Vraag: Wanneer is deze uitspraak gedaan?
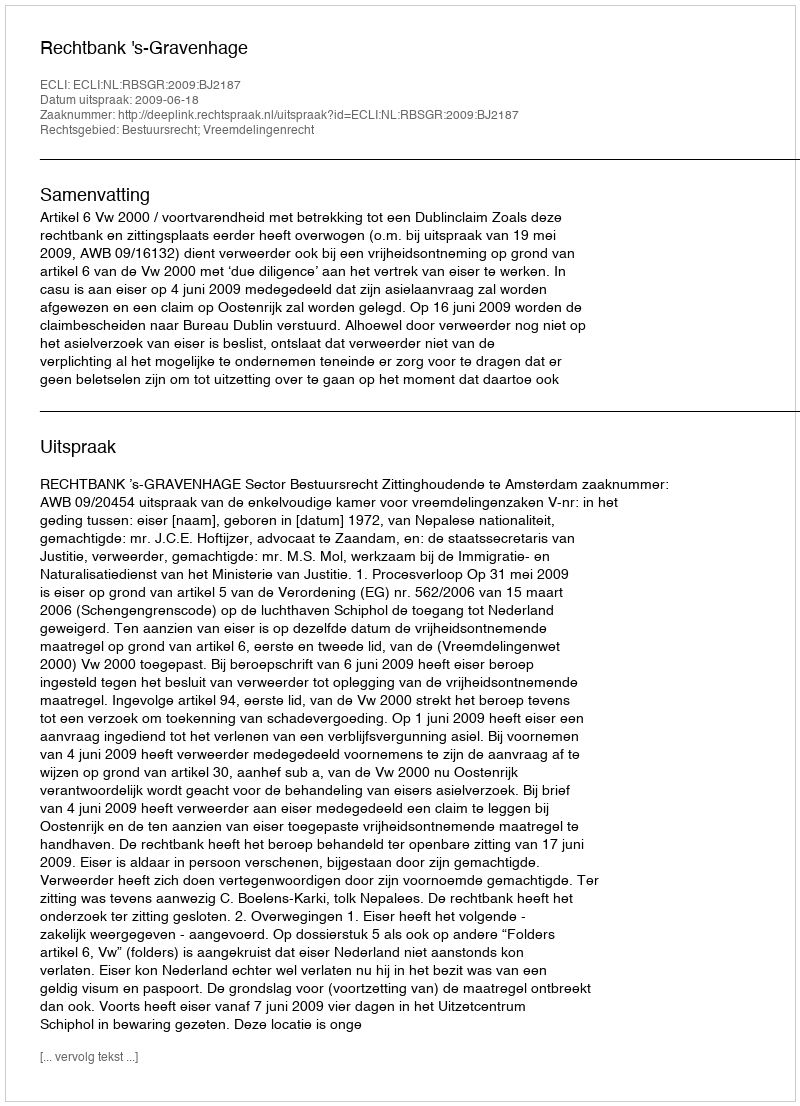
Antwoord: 2009-06-18